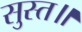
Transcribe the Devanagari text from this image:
सुस्त॥